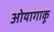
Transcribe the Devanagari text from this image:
ओयागाकू